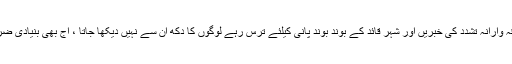
بدامنی کے سبب کاروباری ،تجارتی ،ثقافتی اورسیاسی سرگرمیاں ماندپڑگئی ہیں،ہر طرف فرقہ وارانہ تشدد کی خبریں اور شہر قائدؒ کے بوند بوند پانی کیلئے ترس رہے لوگوں کا دکھ ان سے نہیں دیکھا جاتا ، آج بھی بنیادی ضروریات اورشہری سہولیات سے محروم لوگ نجات کیلئے سیّدمصطفی کمال کو یاد کرتے ہیں۔